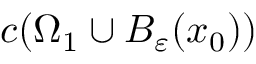
c ( \Omega _ { 1 } \cup B _ { \varepsilon } ( x _ { 0 } ) )